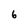
Character: 6